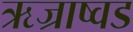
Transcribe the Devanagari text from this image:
ऋज्राष्वड